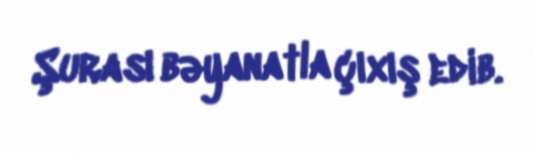
Şurası bəyanatla çıxış edib.